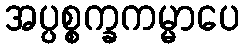
အပ္ပစ္စက္ခကမ္မာပေ